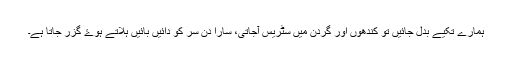
ہمارے تکیے بدل جائیں تو کندھوں اور گردن میں سٹریس آجاتی، سارا دن سر کو دائیں بائیں ہلاتے ہوۓ گزر جاتا ہے۔